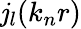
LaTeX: \mathit{j}_{l}(k_{n}r)